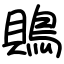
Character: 鵙